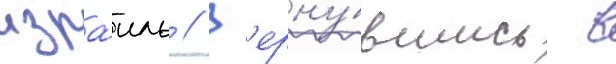
изра́иль // В'ерну́вшись в